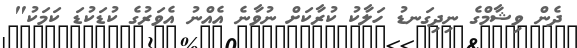
ދެން ވިޝާމްގެ ނިދިގަނޑު ހަލާކު ކުރާކަށް ނުވާނެ އެއްނު އެވަރުގެ ކުޑަކުޑަ ކަމަކު"